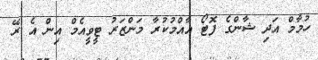
ހުމާމް އަދި ޝާންގެ ފޮޓޯ އާއްމުކުރާ މަންޒަރު ޓީވީއެމް އިން އެ ރޭ